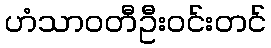
ဟံသာဝတီဦးဝင်းတင်